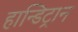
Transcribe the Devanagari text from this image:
हान्डिट्रान